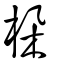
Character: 𣑫